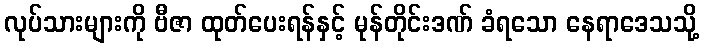
လုပ်သားများကို ဗီဇာ ထုတ်ပေးရန်နှင့် မုန်တိုင်းဒဏ် ခံရသော နေရာဒေသသို့